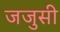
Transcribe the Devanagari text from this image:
जजुसी